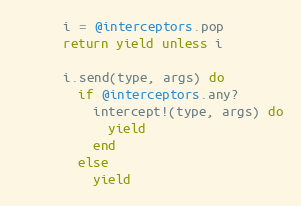
Language: Ruby
      i = @interceptors.pop
      return yield unless i

      i.send(type, args) do
        if @interceptors.any?
          intercept!(type, args) do
            yield
          end
        else
          yield